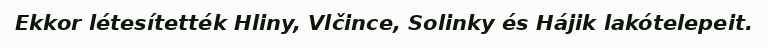
Ekkor létesítették Hliny, Vlčince, Solinky és Hájik lakótelepeit.